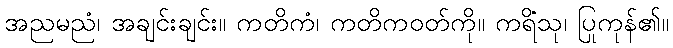
အညမညံ၊ အချင်းချင်း။ ကတိကံ၊ ကတိကဝတ်ကို။ ကရိံသု၊ ပြုကုန်၏။